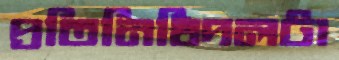
প্রতিনিধিদলটা